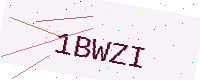
Text: 1BWZI